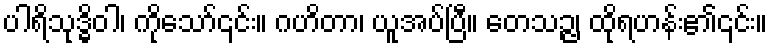
ပါရိသုဒ္ဓိဝါ၊ ကိုသော်၎င်း။ ဂဟိတာ၊ ယူအပ်ပြီ။ တေသဉ္ဇ၊ ထိုရဟန်း၏၎င်း။